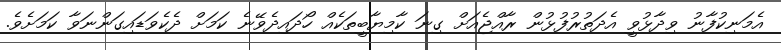
އެމަނިކުފާނު ވިދާޅުވީ އެދަތުރުފުޅުން ރާއްޖެއަށް ގިނަ ކާމިޔާބީތަކެއް ހޯދައިދެވޭނެ ކަމަށް ދެކެވަޑައިގަންނަވާ ކަމަށެވެ.